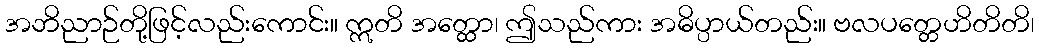
အဘိညာဉ်တို့ဖြင့်လည်းကောင်း။ ဣတိ အတ္ထော၊ ဤသည်ကား အဓိပ္ပာယ်တည်း။ ဗလပတ္တေဟိတိတိ၊